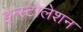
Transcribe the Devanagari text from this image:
इन्स्टोलेशन